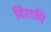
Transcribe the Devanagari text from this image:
दिशामि